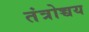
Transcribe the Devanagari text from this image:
तंत्रोच्चय